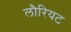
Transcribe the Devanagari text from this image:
लौरियट